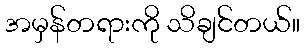
အမှန်တရားကို သိချင်တယ်။